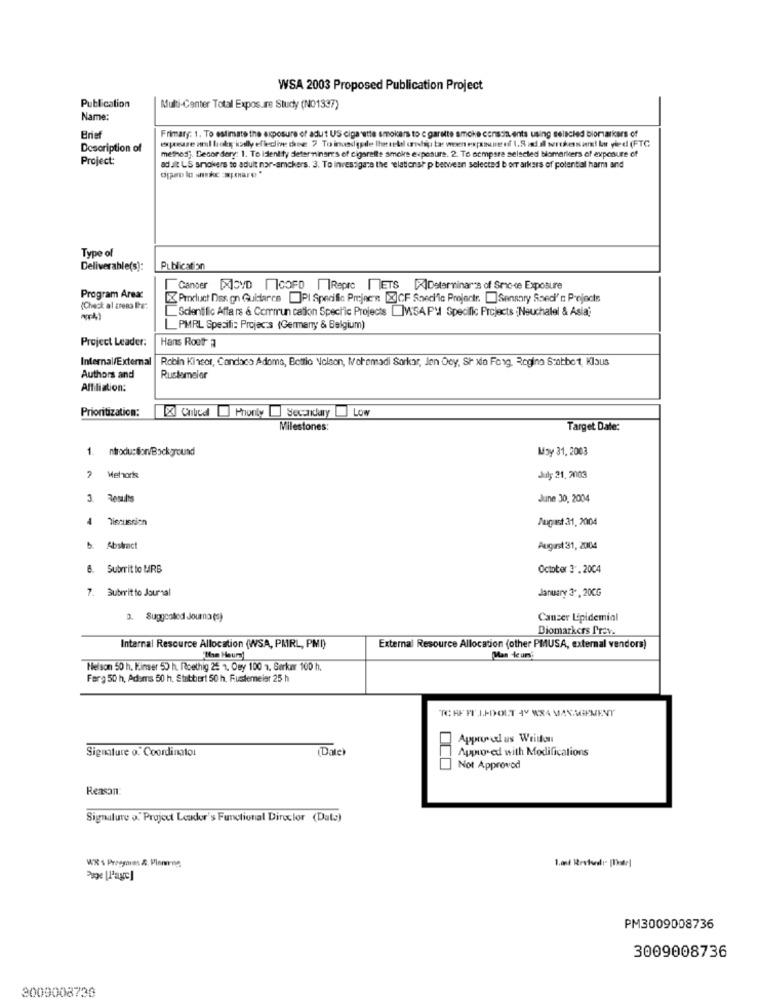
WSA 2003 Proposed Publication Project
Publication
Multi-Center Total Exposure Study (NO1337)
Name:
expresse anil boky kodly efleclive thee: 7 To inundade lhetekel ordip tas ween expanuntreff 1.Sist.il werthers ar! le vied (FTC
Frimary: 1. To estimate the exposure of adut US cigarette smokers to c garette smoke conscients using selscled biomarkers of
Description of
methos). Decordery: 1. To identify determinares of cigarette smoke exposure. 2. To compare selected biomarkers of exposure of
Project:
adult LS smokers to adult nor-amckers. 3. To investigate the relationship between selected b orr arkers of potential harms and
Type of
Deliverable(s):
Publication
Cancer [XDVD | |COFD | |Repro | ETS []Determinarss of Smic-ce Exposure
Program Areac
KProduct Das. on Guidance []PI Specific Pmrjnen: [X]CF Specific Projectr. ]Sensary Ssedi' c Projects
(Check al grena Ihre:
Scientific Affa rs & Commun cation Spechic Projects [MWSA PH Specific Projects :Neuchatel & Asia
PMRL Spesifi: Projacs (Germerry & Belgium)
Project Leader:
Hans Rootr a
Internal/External
Robin Kincor, Candaco Adoma, Bettlo Nelson, Nohemadi Sorkar, Jen Ooy, Sh xia Forg. Regina Sotbort, Klaus
Authors and
Rustomaler
Affiliation:
Prioritization:
X Chilcd Phonty Secondary Low
Milestones:
Target Date:
1. ntrodu:Son/Background
May 31, 2003
7 Mehork
July 21, 2003
Results
June 30, 2004
Tiecussion
August 31, 2004
b. Abstract
August 31, 2004
6. Subrrit to MRB
October 3. 2004
7. Subrrit to Journal
January 3" , 200G
2. Suggcalled Journa(s)
Cancer Lipidemial
Biomarkers Prev.
Internal Resource Allocation (WSA, PMRL, PMI)
External Resource Allocation (other PMUSA, external vendors)
Bon Heurzy
Man Keun'
Nelson 50 h, linser 50 h. (Roethig 25 1. Oey 100 1. Sørker 100 h.
Ferg 50 h, Adems 50 h, Stattiert 50 h, Fustereier 25 h
TE AF FILIDY-OUT 4Y W84 MANAGEMENT
Approved us Written
Signature o. Coordinator
(Date)
Approved with Modifications
Not Approved
Reason:
Signature o. Projout Louder's Functional Director (Data)
Page [l'age]
PM3009008736
3009008736
2009008730